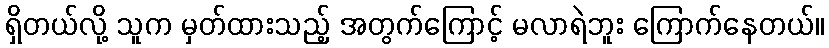
ရှိတယ်လို့ သူက မှတ်ထားသည့် အတွက်ကြောင့် မလာရဲဘူး ကြောက်နေတယ်။